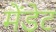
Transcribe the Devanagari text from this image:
मेंडेट